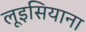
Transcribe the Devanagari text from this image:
लूइसियाना